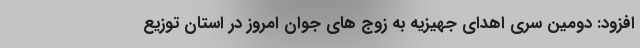
افزود: دومین سری اهدای جهیزیه به زوج های جوان امروز در استان توزیع